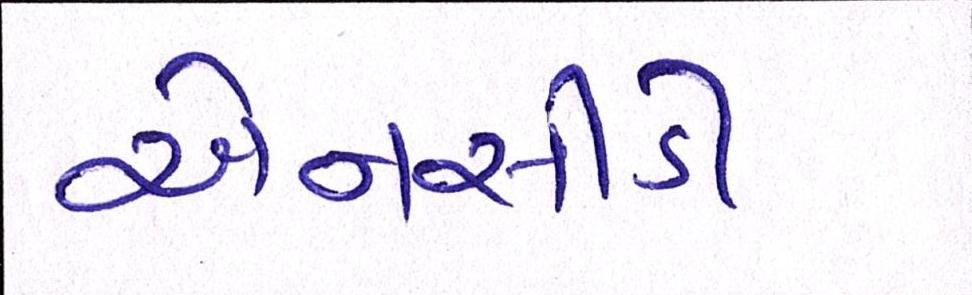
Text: એનસીડી